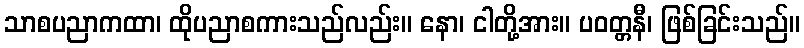
သာစပညာကထာ၊ ထိုပညာစကားသည်လည်း။ နော၊ ငါတို့အား။ ပဝတ္တနီ၊ ဖြစ်ခြင်းသည်။